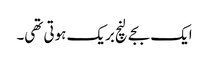
ایک بجے لنچ بریک ہوتی تھی۔